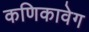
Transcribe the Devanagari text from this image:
कणिकावेग